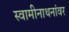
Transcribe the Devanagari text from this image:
स्वामीनाथनांवर